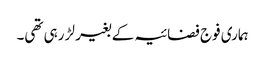
ہماری فوج فضائیہ کے بغیر لڑ رہی تھی۔